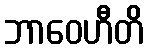
ဘာဝေဟီတိ